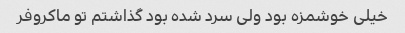
خیلی خوشمزه بود ولی سرد شده بود گذاشتم تو ماکروفر